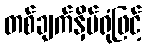
တစ်ချက်နှိပ်ရုံဖြင့်